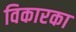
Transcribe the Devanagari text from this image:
विकारका